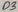
Text: D3